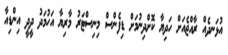
އުޅަނދެއް ރާއްޖެއަށް ހަދިޔާ ކޮށްދިނުމަށް ޑިފެންސް މިނިސްޓަރު މާރިޔާ އަހުމަދު ދީދީ އިންޑިއާ